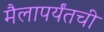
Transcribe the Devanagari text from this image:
मैलापर्यंतची